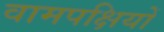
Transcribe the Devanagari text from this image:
वामपक्षियों